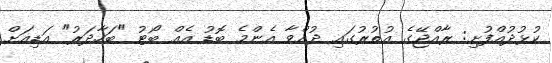
ކުޅުދުއްފުށި: ރާއްޖޭގެ އުތުރުގައި ދުއްވާ އެންމެ ބޮޑު އެއް ބޯޓު "ބަހާދަރު" އަޑިއަށް